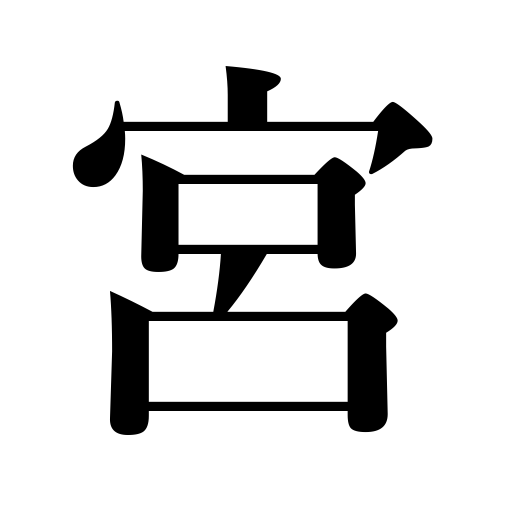
Meanings: princess,Shinto shrine,constellations of the zodiac,prince,Imperial Palace,palace